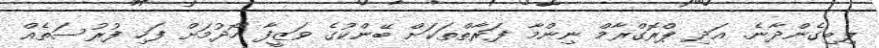
ލިބިގެންދާނެ. އަދި ޕްރޮގްރާމް ނިންމާ ފަރާތްތަކަށް ބޭންކުގެ ވަޒީފާ ހޯދުމަށް ފަހި ފުރުސަތެއް